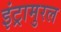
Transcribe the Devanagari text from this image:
इंट्रामुरल